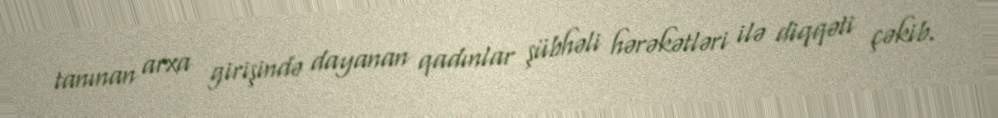
tanınan arxa girişində dayanan qadınlar şübhəli hərəkətləri ilə diqqəti çəkib.